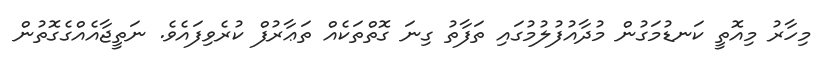
މިހާރު މިއޮތީ ކަނޑުމަގުން މުދާއުފުލުމުގައި ތަފާތު ގިނަ ގޮތްތަކެއް ތަޢާރުފް ކުރެވިފައެވެ. ނަތީޖާއެއްގެގޮތުން